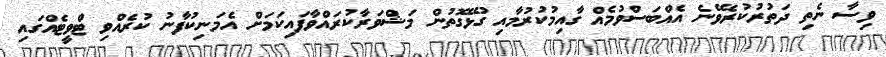
ވިސާ ނެތި ދަތުރުކުރެވޭނެ އެއްބަސްވުމެއް ގާއިމުކުރުމާއި ގުޅޭގޮތުން މަޝްވަރާކުރައްވާފައިކަމަށް އެމަނިކުފާނު ކުރެއްވި ޓްވީޓެއްގައި